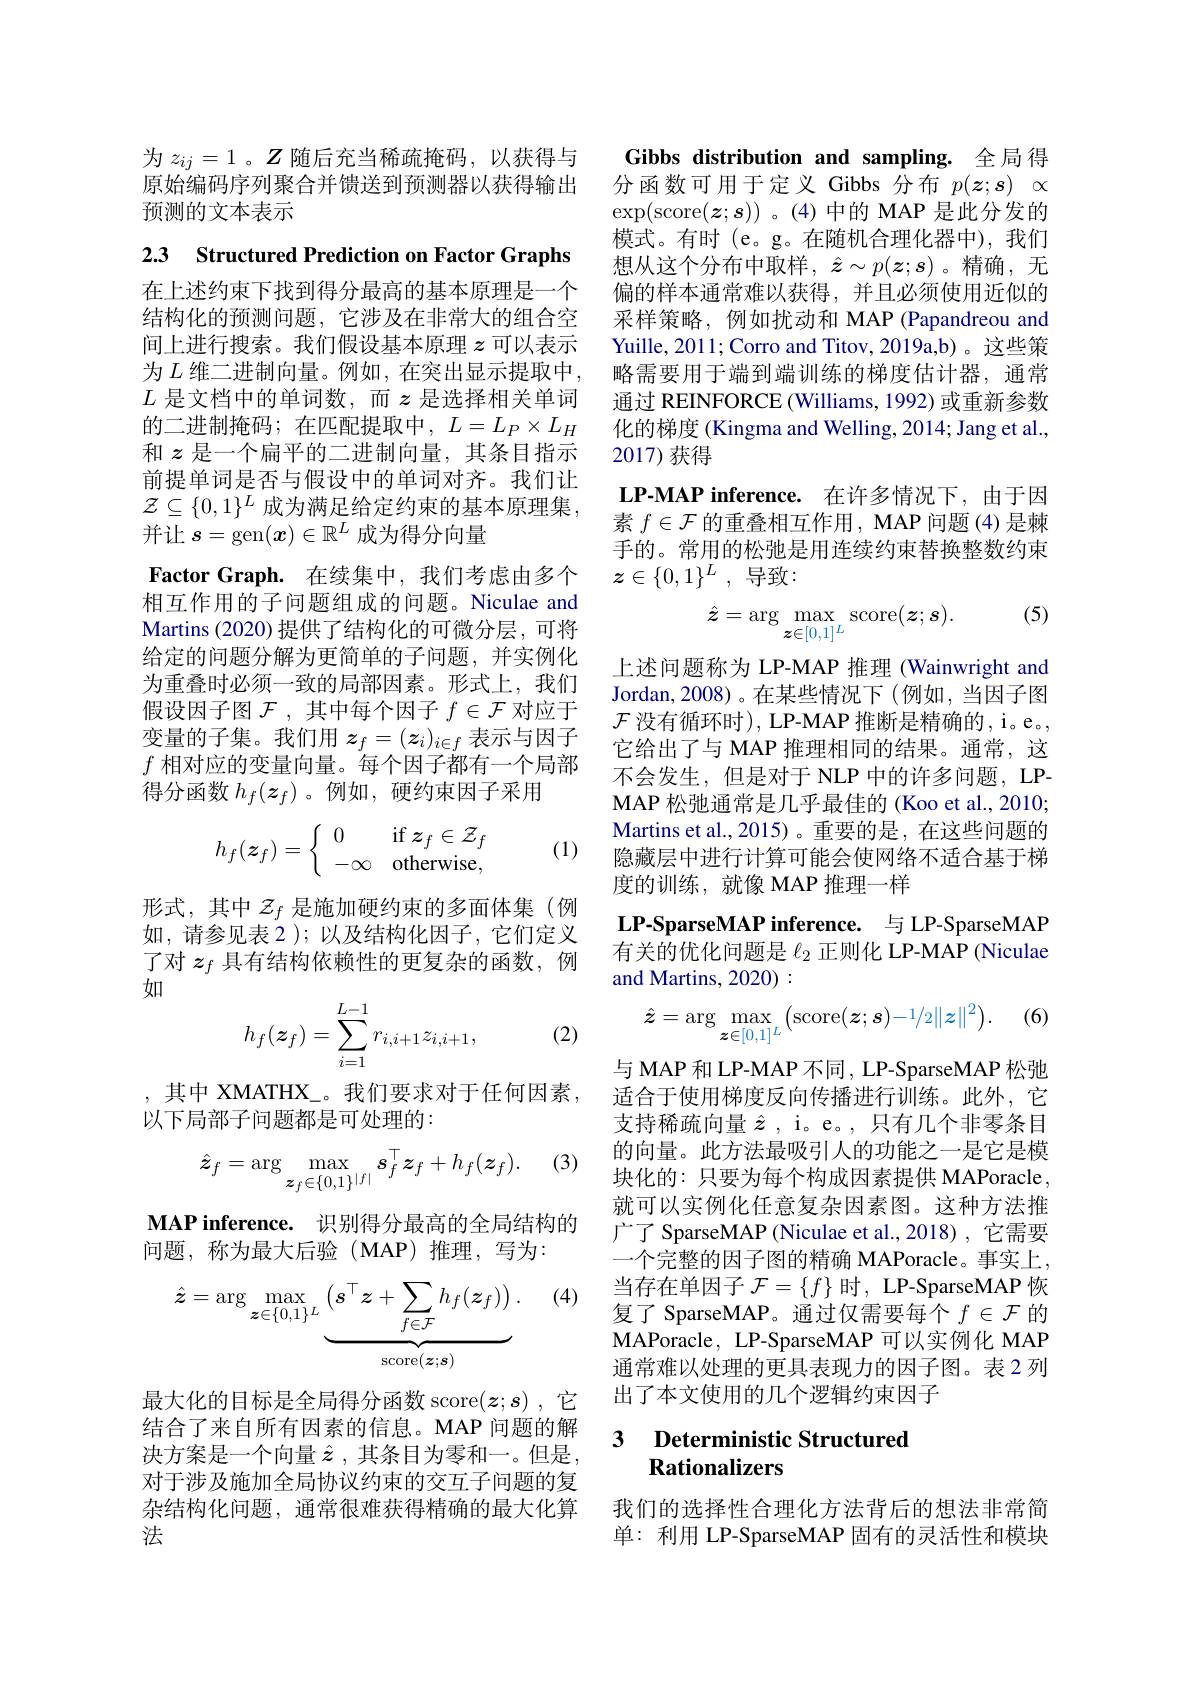
为$z_{ij}=1$。$Z$随后充当稀疏掩码，以获得与原始编码序列聚合并馈送到预测器以获得输出预测的文本表示

2.3 Structured Prediction on Factor Graphs

在上述约束下找到得分最高的基本原理是一个结构化的预测问题，它涉及在非常大的组合空间上进行搜索。我们假设基本原理$z$可以表示为 $L$ 维二进制向量。例如，在突出显示提取中， $L$ 是文档中的单词数，而$z$ 是选择相关单词的二进制掩码；在匹配提取中，$L=L_P\times L_H$ 和$z$是一个扁平的二进制向量，其条目指示前提单词是否与假设中的单词对齐。我们让$\mathcal{Z}\subseteq\{0,1\}^L$ 成为满足给定约束的基本原理集， 并让$s=$gen$(\boldsymbol{x})\in\mathbb{R}^L$成为得分向量
Factor Graph. 在续集中，我们考虑由多个相互作用的子问题组成的问题。Niculae and Martins (2020) 提供了结构化的可微分层，可将给定的问题分解为更简单的子问题，并实例化为重叠时必须一致的局部因素。形式上，我们假设因子图$\mathcal{F}$ ,其中每个因子$f\in\mathcal{F}$对应于变量的子集。我们用$z_f=(\boldsymbol{z}_i)_{i\in f}$表示与因子$f$相对应的变量向量。每个因子都有一个局部得分函数$h_f(\boldsymbol{z}_f)$ 。例如，硬约束因子采用
$$h_f(\boldsymbol z_f)=\left\{\begin{array}{ll}0&\mathrm{if}\:\boldsymbol z_f\in\mathcal Z_f\\-\infty&\mathrm{otherwise},\end{array}\right.$$
(1)

形式，其中$z_f$是施加硬约束的多面体集(例如，请参见表 2 ); 以及结构化因子，它们定义了对$z_f$具有结构依赖性的更复杂的函数，例如
$$h_f(z_f)=\sum_{i=1}^{L-1}r_{i,i+1}z_{i,i+1},$$
(2)

, 其中 XMATHX\_。我们要求对于任何因素，
以下局部子问题都是可处理的：

(3)
$$\hat{\boldsymbol{z}}_f=\arg\max_{\boldsymbol{z}_f\in\{0,1\}^{|f|}}s_f^\top\boldsymbol{z}_f+h_f(\boldsymbol{z}_f).$$
MAP inference. 识别得分最高的全局结构的
问题，称为最大后验(MAP)推理，写为：

(4)
$$\hat{\boldsymbol{z}}=\arg\max_{\boldsymbol{z}\in\{0,1\}^{L}}\underbrace{\left(\boldsymbol{s}^{\top}\boldsymbol{z}+\sum_{f\in\mathcal{F}}h_{f}(\boldsymbol{z}_{f})\right).}_{\mathrm{score}(\boldsymbol{z};\boldsymbol{s})}$$
最大化的目标是全局得分函数 score$(\boldsymbol z;\boldsymbol{s})$ ,它结合了来自所有因素的信息。MAP 问题的解决方案是一个向量$\hat{z}$ ,其条目为零和一。但是， 对于涉及施加全局协议约束的交互子问题的复杂结构化问题，通常很难获得精确的最大化算法

Gibbs distribution and sampling. 全局得分函数可用于定义 Gibbs 分布$p( \boldsymbol{z}; \boldsymbol{s})$ $\propto$ $\exp(\operatorname{score}(\boldsymbol{z};\boldsymbol{s}))$ 。(4)中的 MAP 是此分发的模式。有时(e。g。在随机合理化器中),我们想从这个分布中取样，$\hat{\boldsymbol{z}}\sim p(\boldsymbol{z};\boldsymbol{s})$。精确，无偏的样本通常难以获得，并且必须使用近似的采样策略，例如扰动和 MAP (Papandreou and Yuille, 2011; Corro and Titov, 2019a,b) 。这些策略需要用于端到端训练的梯度估计器，通常通过 REINFORCE (Williams, 1992) 或重新参数化的梯度 (Kingma and Welling, 2014; Jang et al., 2017)获得
LP-MAP inference. 在许多情况下，由于因素$f\in\mathcal{F}$的重叠相互作用，MAP 问题 (4)是棘手的。常用的松弛是用连续约束替换整数约束$z\in \{ 0, 1\} ^L$ ,导致：
$$\hat{\boldsymbol{z}}=\arg\max_{\boldsymbol{z}\in[0,1]^L}\operatorname{score}(\boldsymbol{z};\boldsymbol{s}).$$
(5)

上述问题称为 LP-MAP 推理 (Wainwright and Jordan,2008)。在某些情况下(例如，当因子图$\mathcal{F}$ 没有循环时), LP-MAP 推断是精确的，i。e。, 它给出了与 MAP 推理相同的结果。通常，这不会发生，但是对于 NLP 中的许多问题，LPMAP 松弛通常是几乎最佳的 (Koo et al., 2010; Martins et al.,2015)。重要的是，在这些问题的隐藏层中进行计算可能会使网络不适合基于梯度的训练，就像 MAP 推理一样

LP-SparseMAP inference. 与 LP-SparseMAP $\bar{\text{有关的优化问题是 }\ell_2\text{ 正则化 LP-MAP (Niculae})}$ and Martins, 2020) :

(6)
$$\hat{\boldsymbol{z}}=\arg\max_{\boldsymbol{z}\in[0,1]^L}\big(\operatorname{score}(\boldsymbol{z};\boldsymbol{s})-1/2\|z\|^2\big).$$
与 MAP 和 LP-MAP 不同 , LP-SparseMAP 松弛适合于使用梯度反向传播进行训练。此外，它支持稀疏向量$\hat{z}$ , i。e。, 只有几个非零条目的向量。此方法最吸引人的功能之一是它是模块化的：只要为每个构成因素提供 MAPoracle, 就可以实例化任意复杂因素图。这种方法推广了 SparseMAP (Niculae et al.,2018) , 它需要一个完整的因子图的精确 MAPoracle。事实上， 当存在单因子$\mathcal{F}=\{f\}$时，LP-SparseMAP 恢复了 SparseMAP。通过仅需要每个$f\in\mathcal{F}$的$\mathbf{MAPoracle,~LP-SparseMAP~}$可以实例化 MAP 通常难以处理的更具表现力的因子图。表 2 列出了本文使用的几个逻辑约束因子

### 3 $\textbf{Deterministic Structured}$ Rationalizers

我们的选择性合理化方法背后的想法非常简单：利用 LP-SparseMAP 固有的灵活性和模块